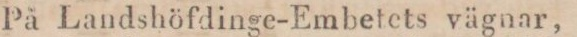
På Landshöfdinge-Embetets vägnar,